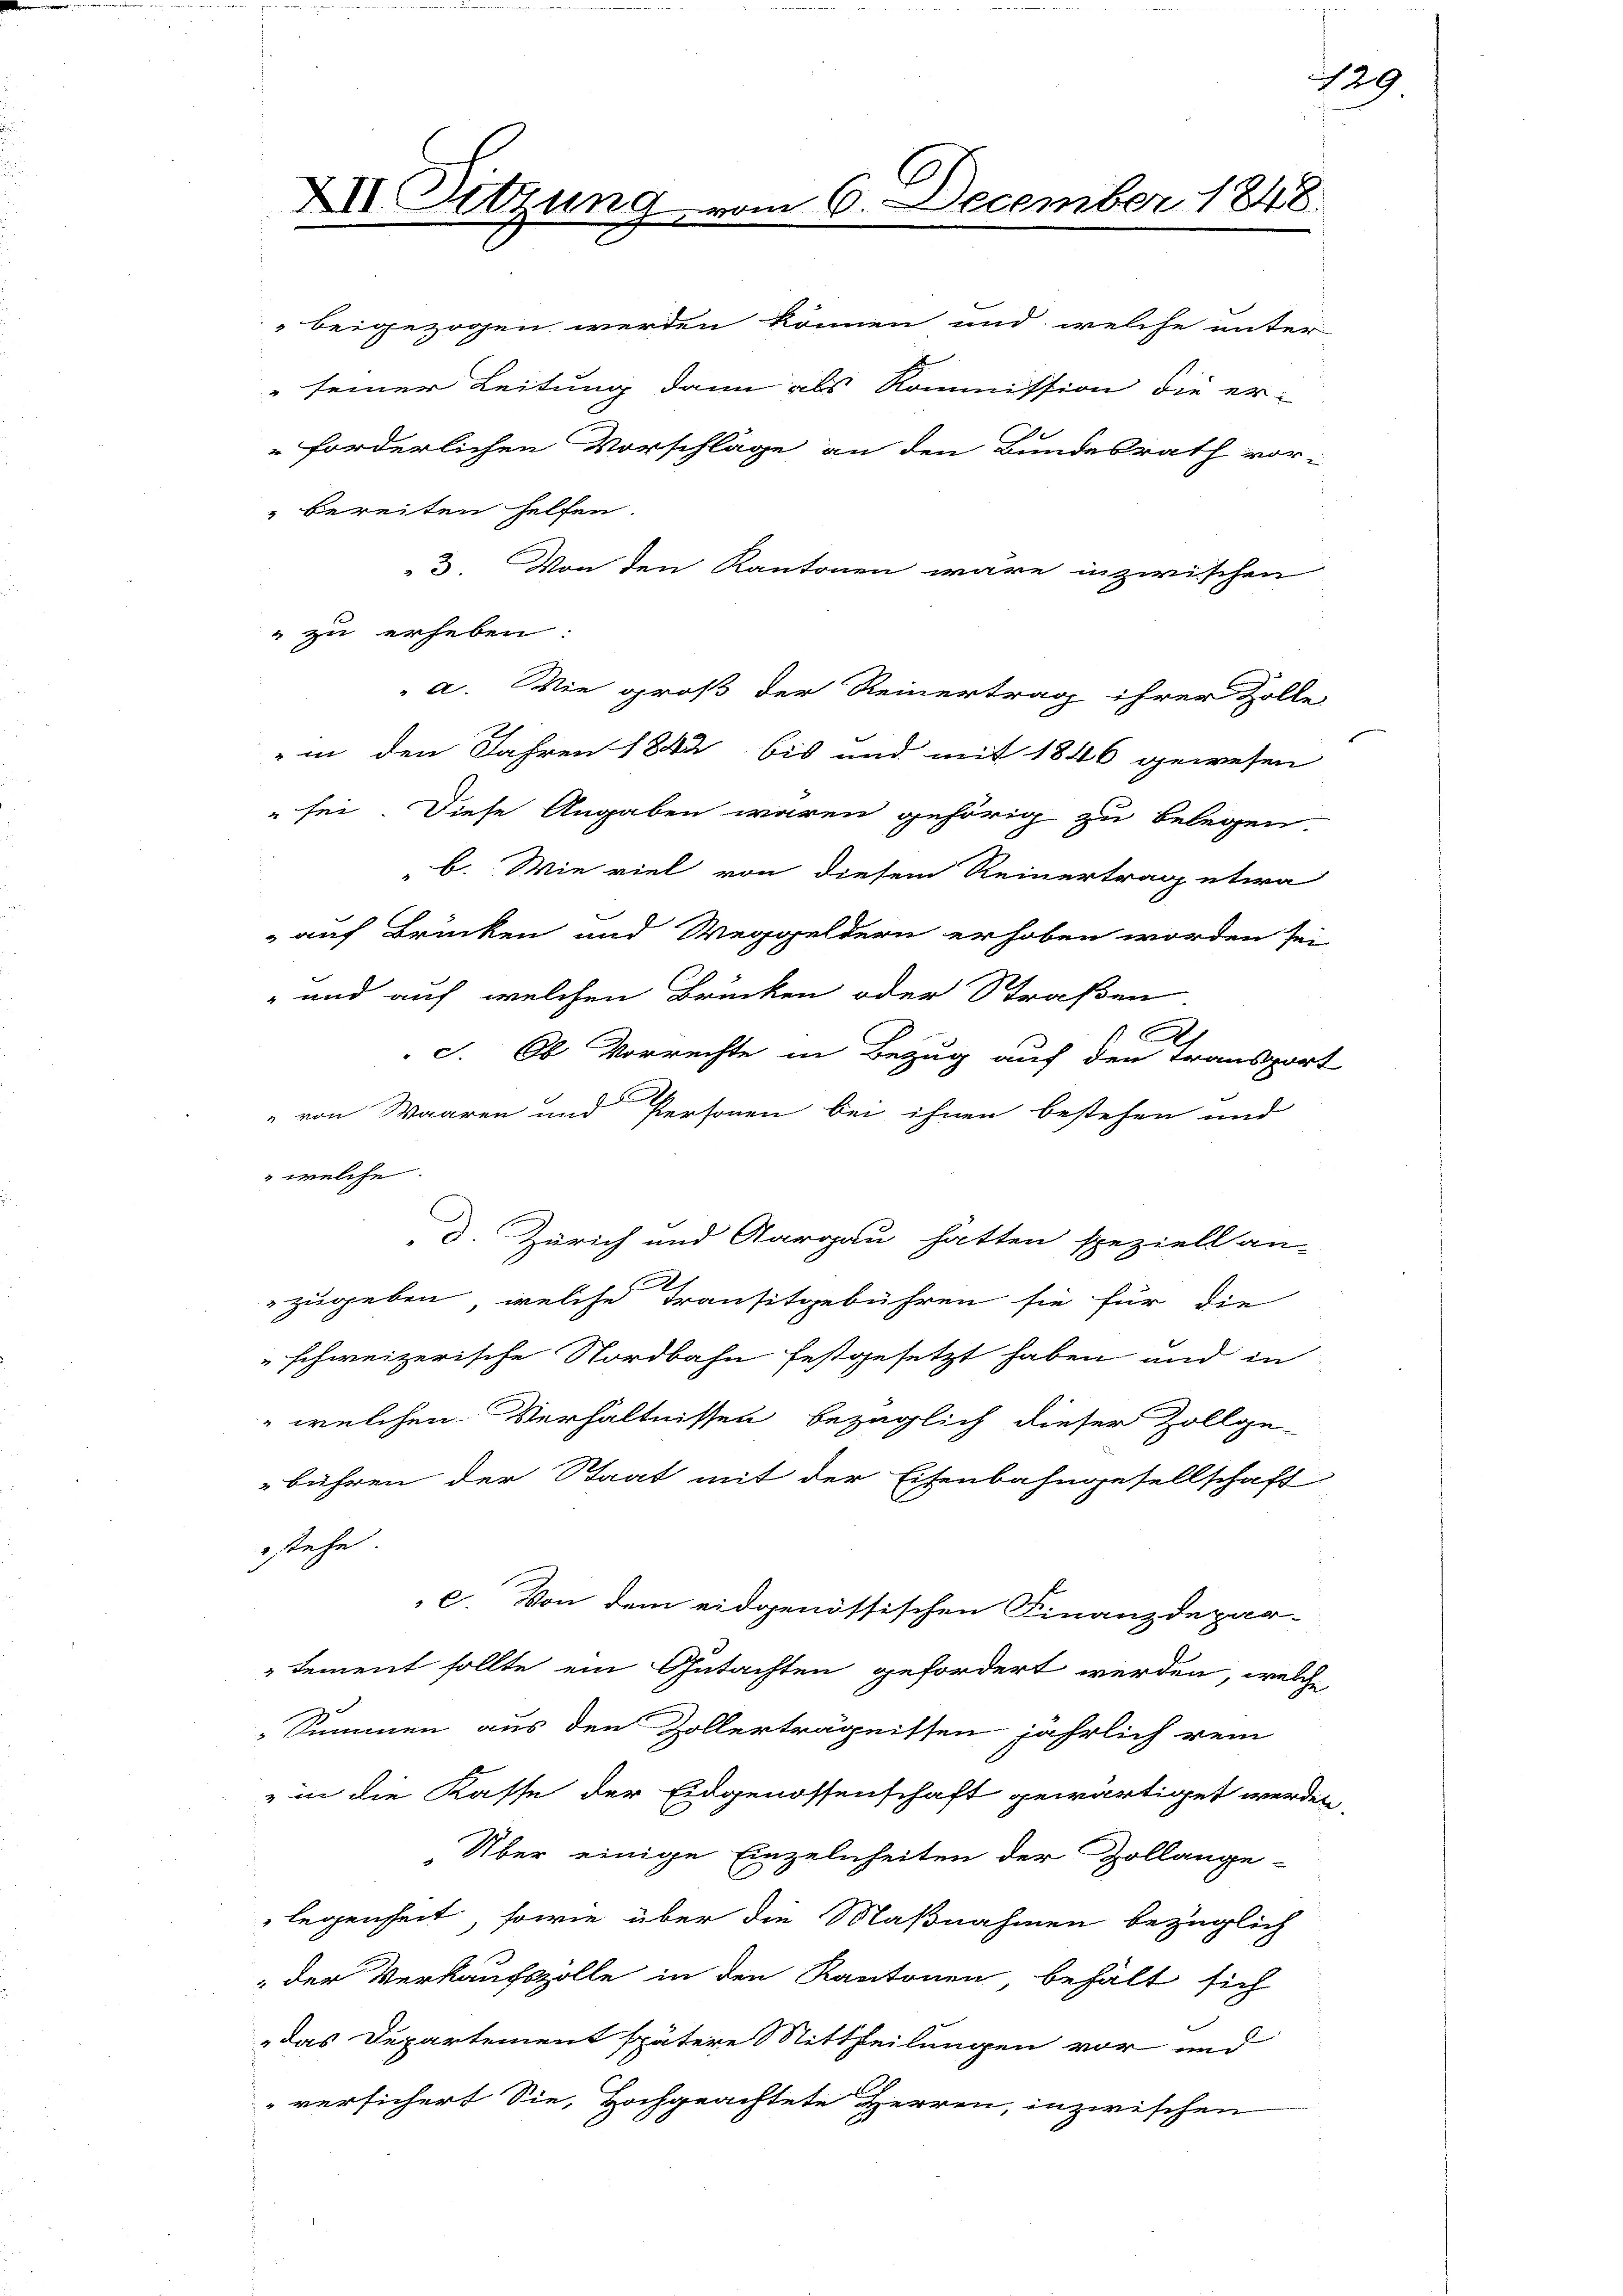
XII. Sitzung

beigezogen werden können und welche unter
" seiner Leitung dann als Kommission die er-

am 6. December 184

"forderlichen Vorschläge an den Bundesrath vor-
" bereiten helfen.
3. Von den Kantonen wäre inzwischen
" zu erheben:
 a. Wie groß der Reinertrag ihrer Zolle
" in den Jahren 1842 bis und mit 1846 gewesen
 sei. Diese Angaben waren gehörig zu belegen.
b. Wie viel von diesem Reinertrag etwa
 auf Brücken und Weggeldern erhoben worden sei
" und auf welchen Brücken oder Straßen
c. Ob Vorrechte in Bezug auf den Transport
" von Waaren und Personen bei ihnen bestehen und
" welche.
d. Zürich und Aargau hätten speziell an-
zugeben, welche Transitgebühren sie für die
schweizerische Nordbahn festgesetzt haben und in
 welchen Verhältnissen bezüglich dieser Zollge-
bühren der Staat mit der Eisenbahngesellschaft
stehe.
C. Von dem eidgenössischen Finanzdepar-
sement sollte ein Gutachten gefordert werden, welche
Summen aus den Zollerträgnissen jährlich rein
" in die Kasse der Eidgenossenschaft gewärtiget werden,
Über einige Einzelnheiten der Zollange-
legenheit, sowie über die Maßnahmen bezüglich
 der Verkaufszolle in den Kantonen, behält sich
das Departement spätere Mittheilungen vor und
" versichert Sie, Hochgeachtete Herren, inzwischen

6

129